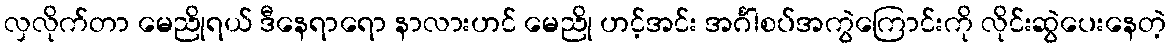
လှလိုက်တာ မေညိုရယ် ဒီနေရာရော နာလားဟင် မေညို ဟင့်အင်း အင်္ဂါစပ်အကွဲကြောင်းကို လိုင်းဆွဲပေးနေတဲ့